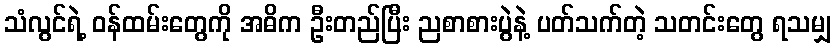
သံလွင်ရဲ့ ဝန်ထမ်းတွေကို အဓိက ဦးတည်ပြီး ညစာစားပွဲနဲ့ ပတ်သက်တဲ့ သတင်းတွေ ရသမျှ